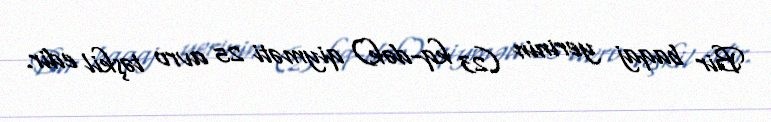
Bir baqaj yerinin (23 kq-dək) qiyməti 25 avro təşkil edir.